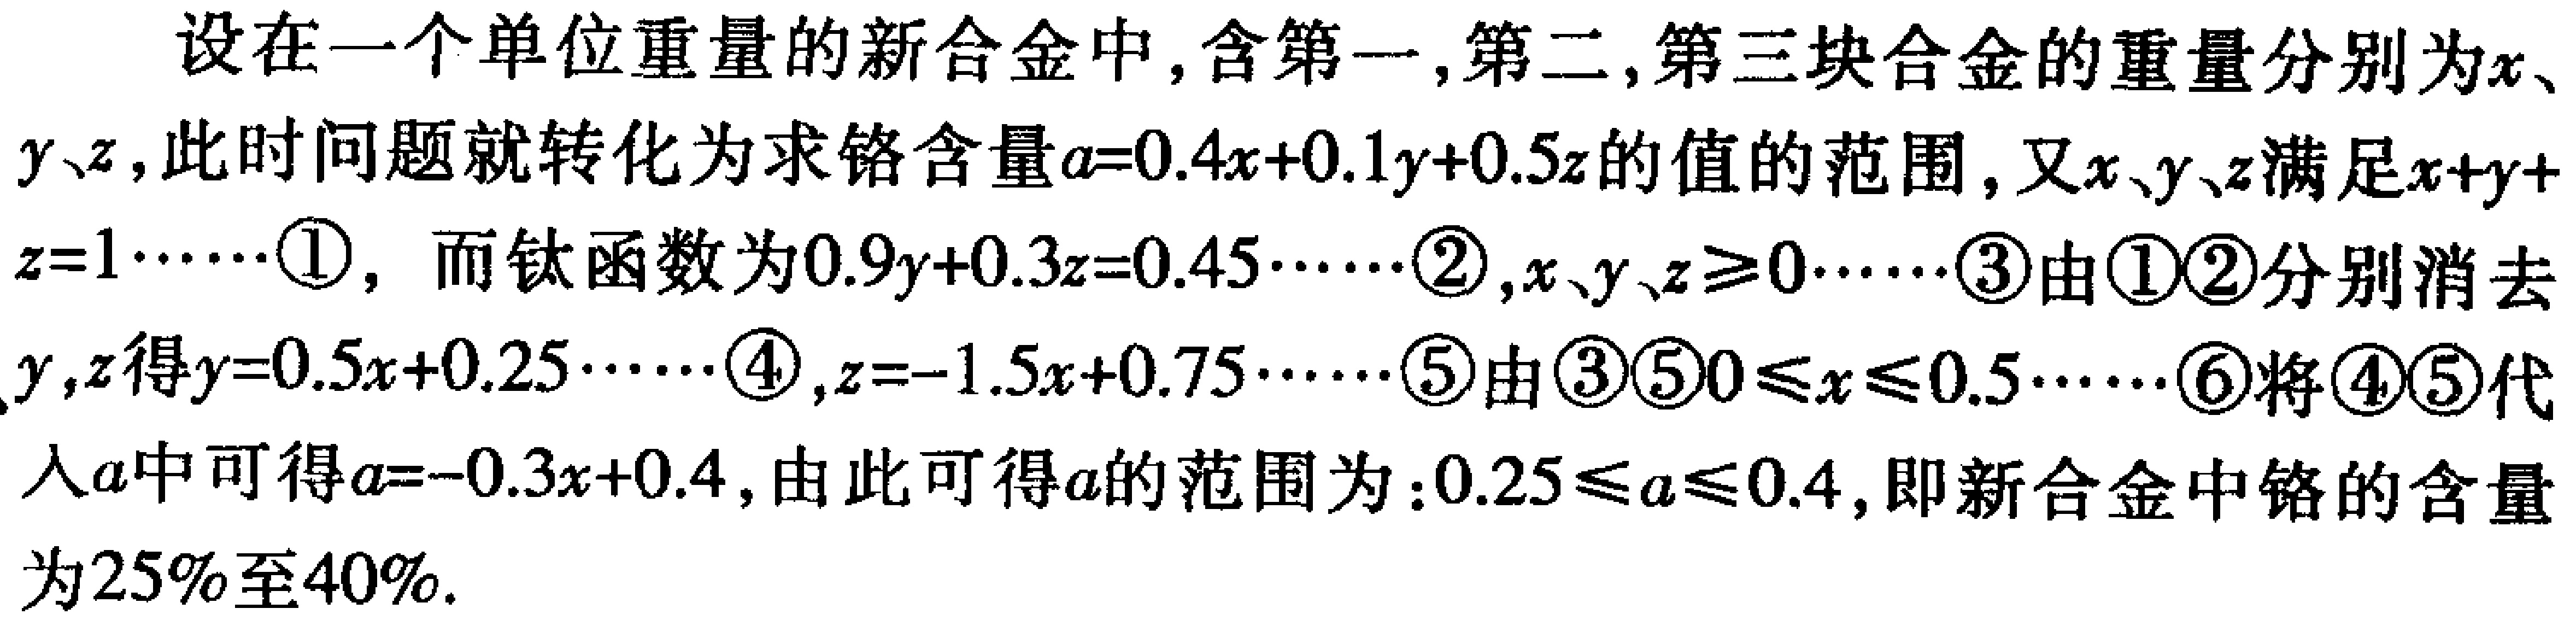
设在一个单位重量的新合金中,含第一,第二,第三块合金的重量分别为\(x\)、\(y\)、\(z\),此时问题就转化为求铬含量\(a = 0.4x + 0.1y + 0.5z\)的值的范围,又\(x\)、\(y\)、\(z\)满足\(x + y + z = 1\cdots\cdots\textcircled{1}\), 而钛函数为\(0.9y + 0.3z = 0.45\cdots\cdots\textcircled{2}\),\(x、y、z\geq0\cdots\cdots\textcircled{3}\)由\(\textcircled{1}\textcircled{2}\)分别消去\(y\),\(z\)得\(y = 0.5x + 0.25\cdots\cdots\textcircled{4}\),\(z = - 1.5x + 0.75\cdots\cdots\textcircled{5}\)由\(\textcircled{3}\textcircled{5}\)\(0\leq x\leq0.5\cdots\cdots\textcircled{6}\)将\(\textcircled{4}\textcircled{5}\)代入\(a\)中可得\(a=-0.3x + 0.4\),由此可得\(a\)的范围为：\(0.25\leq a\leq0.4\),即新合金中铬的含量为\(25\%\)至\(40\%\).